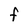
Character: F